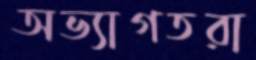
অভ্যাগতরা